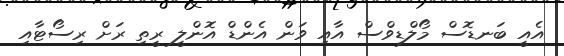
އެއީ ބަނޑޮސް މޯލްޑިވްސް އާއި ވަން އެންޑް އޮންލީ ރީތި ރަށް ރިސޯޓާއި